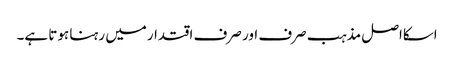
اسکااصل مذہب صرف اور صرف اقتدارمیں رہنا ہوتا ہے۔